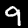
Digit: 9